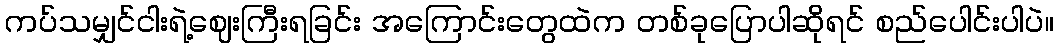
ကပ်သမျှင်ငါးရဲ့ဈေးကြီးရခြင်း အကြောင်းတွေထဲက တစ်ခုပြောပါဆိုရင် စည်ပေါင်းပါပဲ။